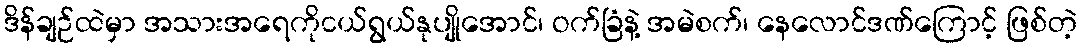
ဒိန်ချဉ်ထဲမှာ အသားအရေကိုငယ်ရွယ်နုပျိုအောင်၊ ဝက်ခြံနဲ့ အမဲစက်၊ နေလောင်ဒဏ်ကြောင့် ဖြစ်တဲ့